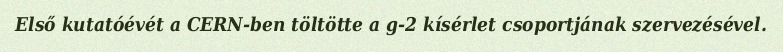
Első kutatóévét a CERN-ben töltötte a g-2 kísérlet csoportjának szervezésével.